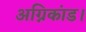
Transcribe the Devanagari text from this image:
अग्निकांड।